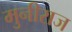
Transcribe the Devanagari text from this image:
मुनीराज